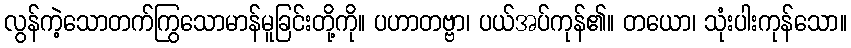
လွန်ကဲ့သောတက်ကြွသောမာန်မူခြင်းတို့ကို။ ပဟာတဗ္ဗာ၊ ပယ်အပ်ကုန်၏။ တယော၊ သုံးပါးကုန်သော။